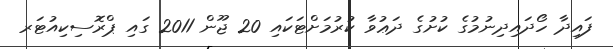
ފައިދާ ހޯދައިދިނުމުގެ ކުށުގެ ދަޢުވާ ކުރުމަށްޓަކައި 20 ޖޫން 2011 ގައި ޕްރޮސިކިއުޓަރ